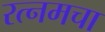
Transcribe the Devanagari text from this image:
रत्नमचा